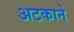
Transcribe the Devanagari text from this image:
अटकाने